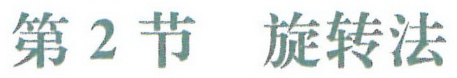
第2节  旋转法